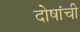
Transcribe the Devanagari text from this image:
दोषांची